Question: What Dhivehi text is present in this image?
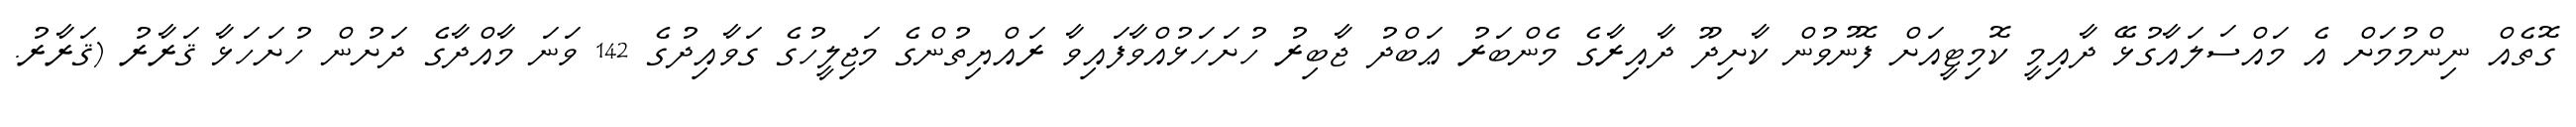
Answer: ގޮތެއް ނިންމުމަށް އެ މައްސަލައާގުޅޭ ދާއިމީ ކޮމިޓީއަށް ފޮނުވުން ކާށިދޫ ދާއިރާގެ މެންބަރު ޢަބްދު ޖާބިރު ހުށަހަޅުއްވާފައިވާ ރައްޔިތުންގެ މަޖިލީހުގެ ގަވާއިދުގެ 142 ވަނަ މާއްދާގެ ދަށުން ހުށަހަޅާ ޤަރާރު (ޤަރާރު.